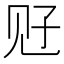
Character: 觃